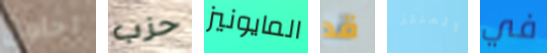
احاول حزب المايونيز قد المنقذ في